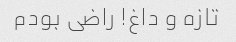
تازه و داغ! راضی بودم